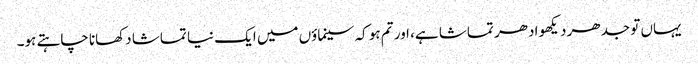
یہاں تو جدھر دیکھو ادھر تماشا ہے، اور تم ہو کہ سینماؤں میں ایک نیا تماشا دکھانا چاہتے ہو۔